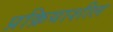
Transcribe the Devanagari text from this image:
प्रक्रियाशील